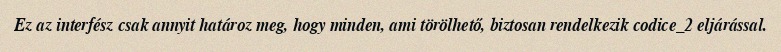
Ez az interfész csak annyit határoz meg, hogy minden, ami törölhető, biztosan rendelkezik codice_2 eljárással.